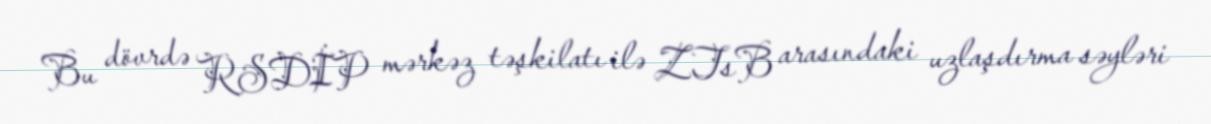
Bu dövrdə RSDİP mərkəz təşkilatı ilə ZTsB arasındaki uzlaşdırma səyləri